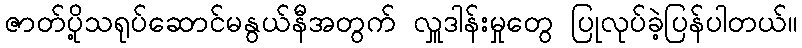
ဇာတ်ပို့သရုပ်ဆောင်မနွယ်နီအတွက် လှူဒါန်းမှုတွေ ပြုလုပ်ခဲ့ပြန်ပါတယ်။